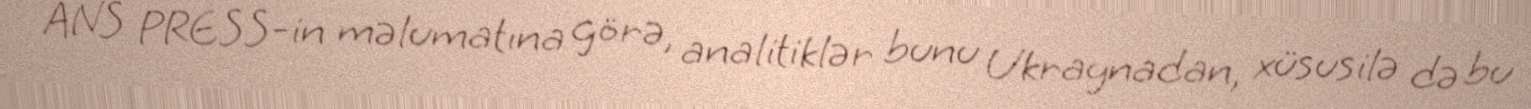
ANS PRESS-in məlumatına görə, analitiklər bunu Ukraynadan, xüsusilə də bu